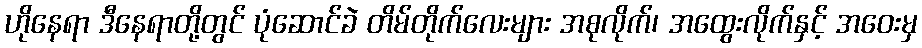
ဟိုနေရာ ဒီနေရာတို့တွင် ပုံဆောင်ခဲ တိမ်တိုက်လေးများ အစုလိုက်၊ အထွေးလိုက်နှင့် အဝေးမှ